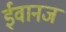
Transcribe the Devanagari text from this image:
ईवानज